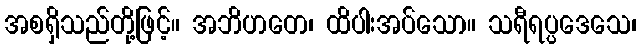
အစရှိသည်တို့ဖြင့်။ အဘိဟတေ၊ ထိပါးအပ်သော။ သရီရပ္ပဒေသေ၊